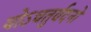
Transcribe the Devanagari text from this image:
योऽचतुर्वदनो